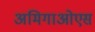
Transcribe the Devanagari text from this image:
अमिगाओएस